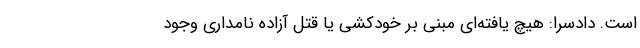
است. دادسرا: هیچ یافته‌ای مبنی بر خودکشی یا قتل آزاده نامداری وجود